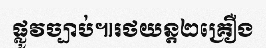
ផ្លូវច្បាប់៕រថយន្ត២គ្រឿង